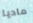
ماديا